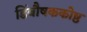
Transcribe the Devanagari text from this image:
डिंबौषककोष्ठ